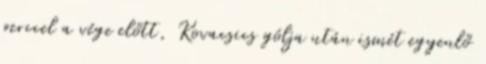
perccel a vége előtt, Kovacsics gólja után ismét egyenlő